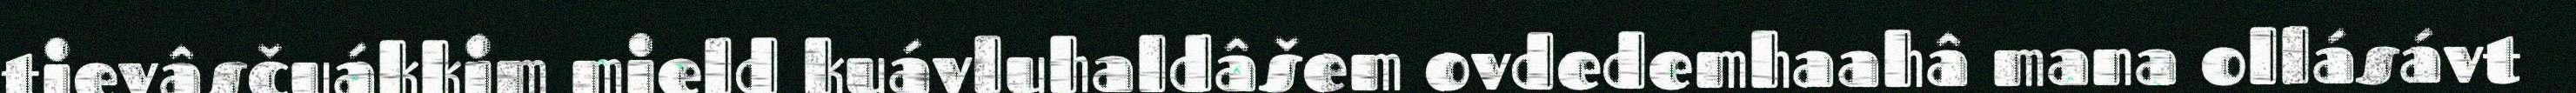
tievâsčuákkim mield kuávluhaldâšem ovdedemhaahâ mana ollásávt